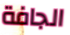
الجافة